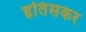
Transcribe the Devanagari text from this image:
हृतिसकर